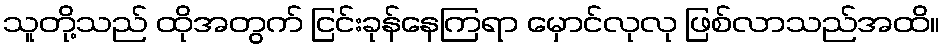
သူတို့သည် ထိုအတွက် ငြင်းခုန်နေကြရာ မှောင်လုလု ဖြစ်လာသည်အထိ။